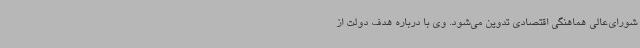
شورای‌عالی هماهنگی اقتصادی تدوین می‌شود. وی با درباره هدف‌ دولت از